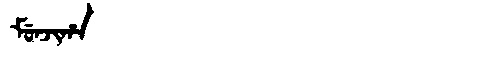
Manchu: ᠮᡠᠨᠵᡳᡥᠠ
Romanization: MUNJIHA